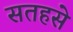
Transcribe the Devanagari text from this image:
सतहसे